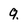
Character: q